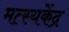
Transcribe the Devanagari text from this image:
मत्स्यकेंद्र